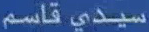
سيدي قاسم